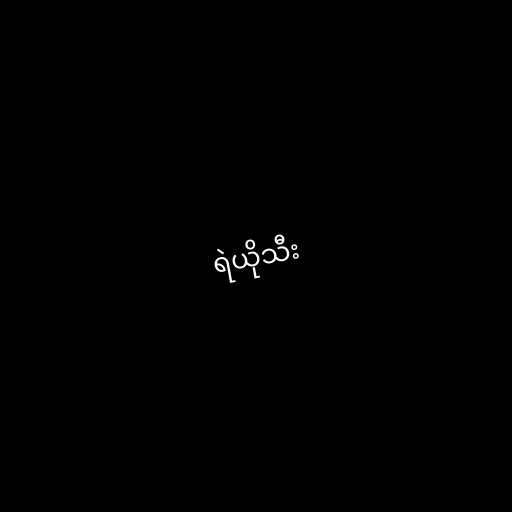
ရဲယိုသီး